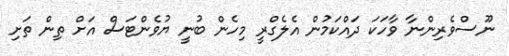
ނޫސްވެރިންނާ ވާހަކަ ދައްކަމުން އެލެގްރީ މިހެން ބުނީ ޔުވެންޓަސް އަށް ތިން ތަށި